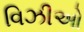
વિઝીઓ